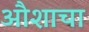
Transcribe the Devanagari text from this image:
औशाचा